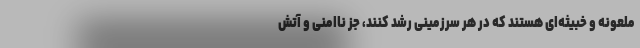
ملعونه و خبیثه‌ای هستند که در هر سرزمینی رشد کنند،‌ جز ناامنی و آتش